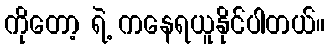
ကိုတော့ ရဲ့ ကနေရယူနိုင်ပါတယ်။